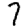
Digit: 7